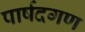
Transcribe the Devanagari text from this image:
पार्षदगण